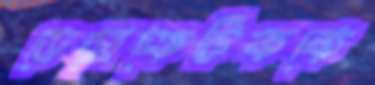
ডেমোক্রেটিককে